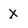
Character: X